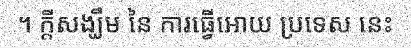
។ ក្តីសង្ឃឹម នៃ ការធ្វើអោយ ប្រទេស នេះ